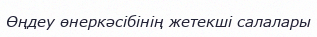
Өңдеу өнеркәсібінің жетекші салалары